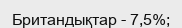
Британдықтар - 7,5%;